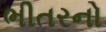
ભીતરનો